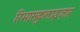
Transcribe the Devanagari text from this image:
रिभासकुलाइज़ार